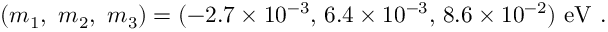
( m _ { 1 } , ~ m _ { 2 } , ~ m _ { 3 } ) = ( - 2 . 7 \times 1 0 ^ { - 3 } , \, 6 . 4 \times 1 0 ^ { - 3 } , \, 8 . 6 \times 1 0 ^ { - 2 } ) ~ \mathrm { e V } ~ .